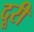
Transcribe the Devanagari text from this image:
दूरी